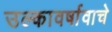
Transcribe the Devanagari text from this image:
उल्कावर्षावाचे